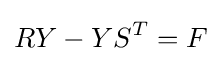
RY-YS^{T}=F